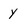
Character: y